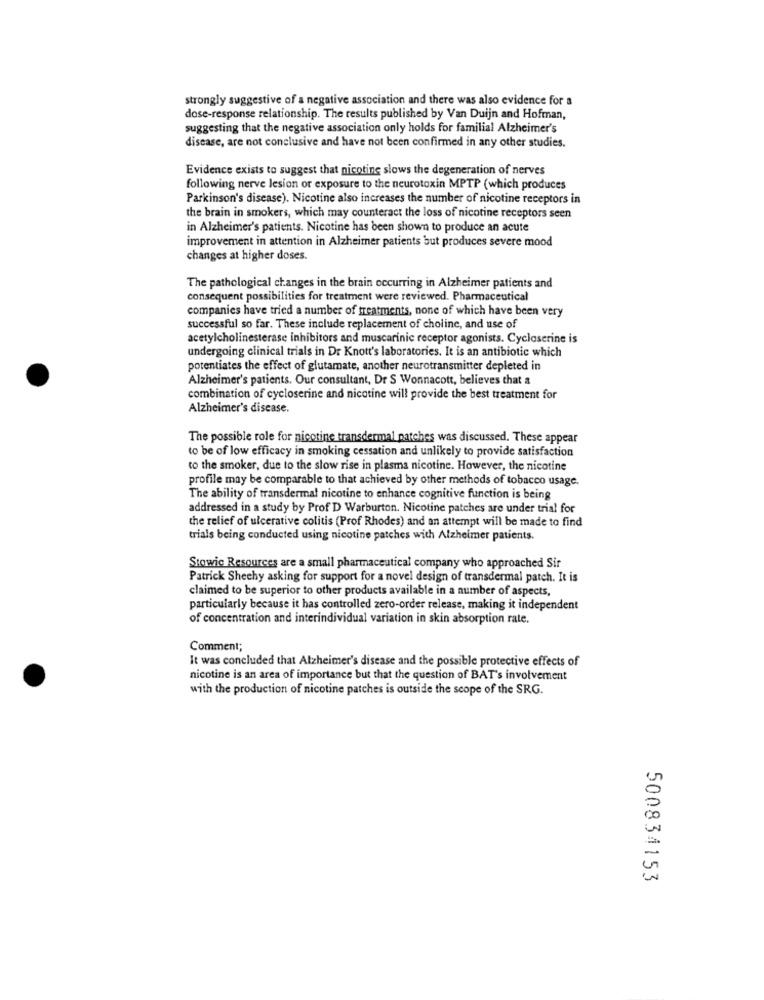
strongly suggestive of a negative association and there was also evidence for a
dose-response relationship. The results published by Van Duijn and Hofman,
suggesting that the negative association only holds for familial Alzheimer's
disease, are not conclusive and have not been confirmed in any other studies.
Evidence exists to suggest that nicotine slows the degeneration of nerves
following nerve lesion or exposure to the neurotoxin MPTP (which produces
Parkinson's disease). Nicotine also increases the number of nicotine receptors in
the brain in smokers, which may counteract the loss of nicotine receptors seen
in Alzheimer's patients. Nicotine has been shown to produce an acute
improvement in attention in Alzheimer patients but produces severe mood
changes at higher doses.
The pathological changes in the brain occurring in Alzheimer patients and
consequent possibilities for treatment were reviewed. Pharmaceutical
companies have tried a number of treatments, none of which have been very
successful so far. These include replacement of choline, and use of
acetylcholinesterase inhibitors and muscarinic receptor agonists. Cycloserine is
undergoing clinical trials in Dr Knott's laboratories. It is an antibiotic which
potentiates the effect of glutamate, another neurotransmitter depleted in
Alzheimer's patients. Our consultant, Dr S Wonnacott, believes that a
combination of cycloserine and nicotine will provide the best treatment for
Alzheimer's disease.
The possible role for nicotine transdermal patches was discussed. These appear
to be of low efficacy in smoking cessation and unlikely to provide satisfaction
to the smoker, due to the slow rise in plasma nicotine. However, the nicotine
profile may be comparable to that achieved by other methods of tobacco usage.
The ability of transdermal nicotine to enhance cognitive function is being
addressed in a study by Prof D Warburton. Nicotine patches are under trial for
the relief of ulcerative colitis (Prof Rhodes) and an attempt will be made to find
trials being conducted using nicotine patches with Alzheimer patients.
Stowic Resources are a small pharmaceutical company who approached Sir
Patrick Shechy asking for support for a novel design of transdermal patch. It is
claimed to be superior to other products available in a number of aspects,
particularly because it has controlled zero-order release, making it independent
of concentration and interindividual variation in skin absorption rate.
Comment;
It was concluded that Alzheimer's disease and the possible protective effects of
nicotine is an area of importance but that the question of BAT's involvement
with the production of nicotine patches is outside the scope of the SRG.
500834153